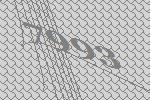
7993